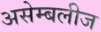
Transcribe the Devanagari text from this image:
असेम्बलीज